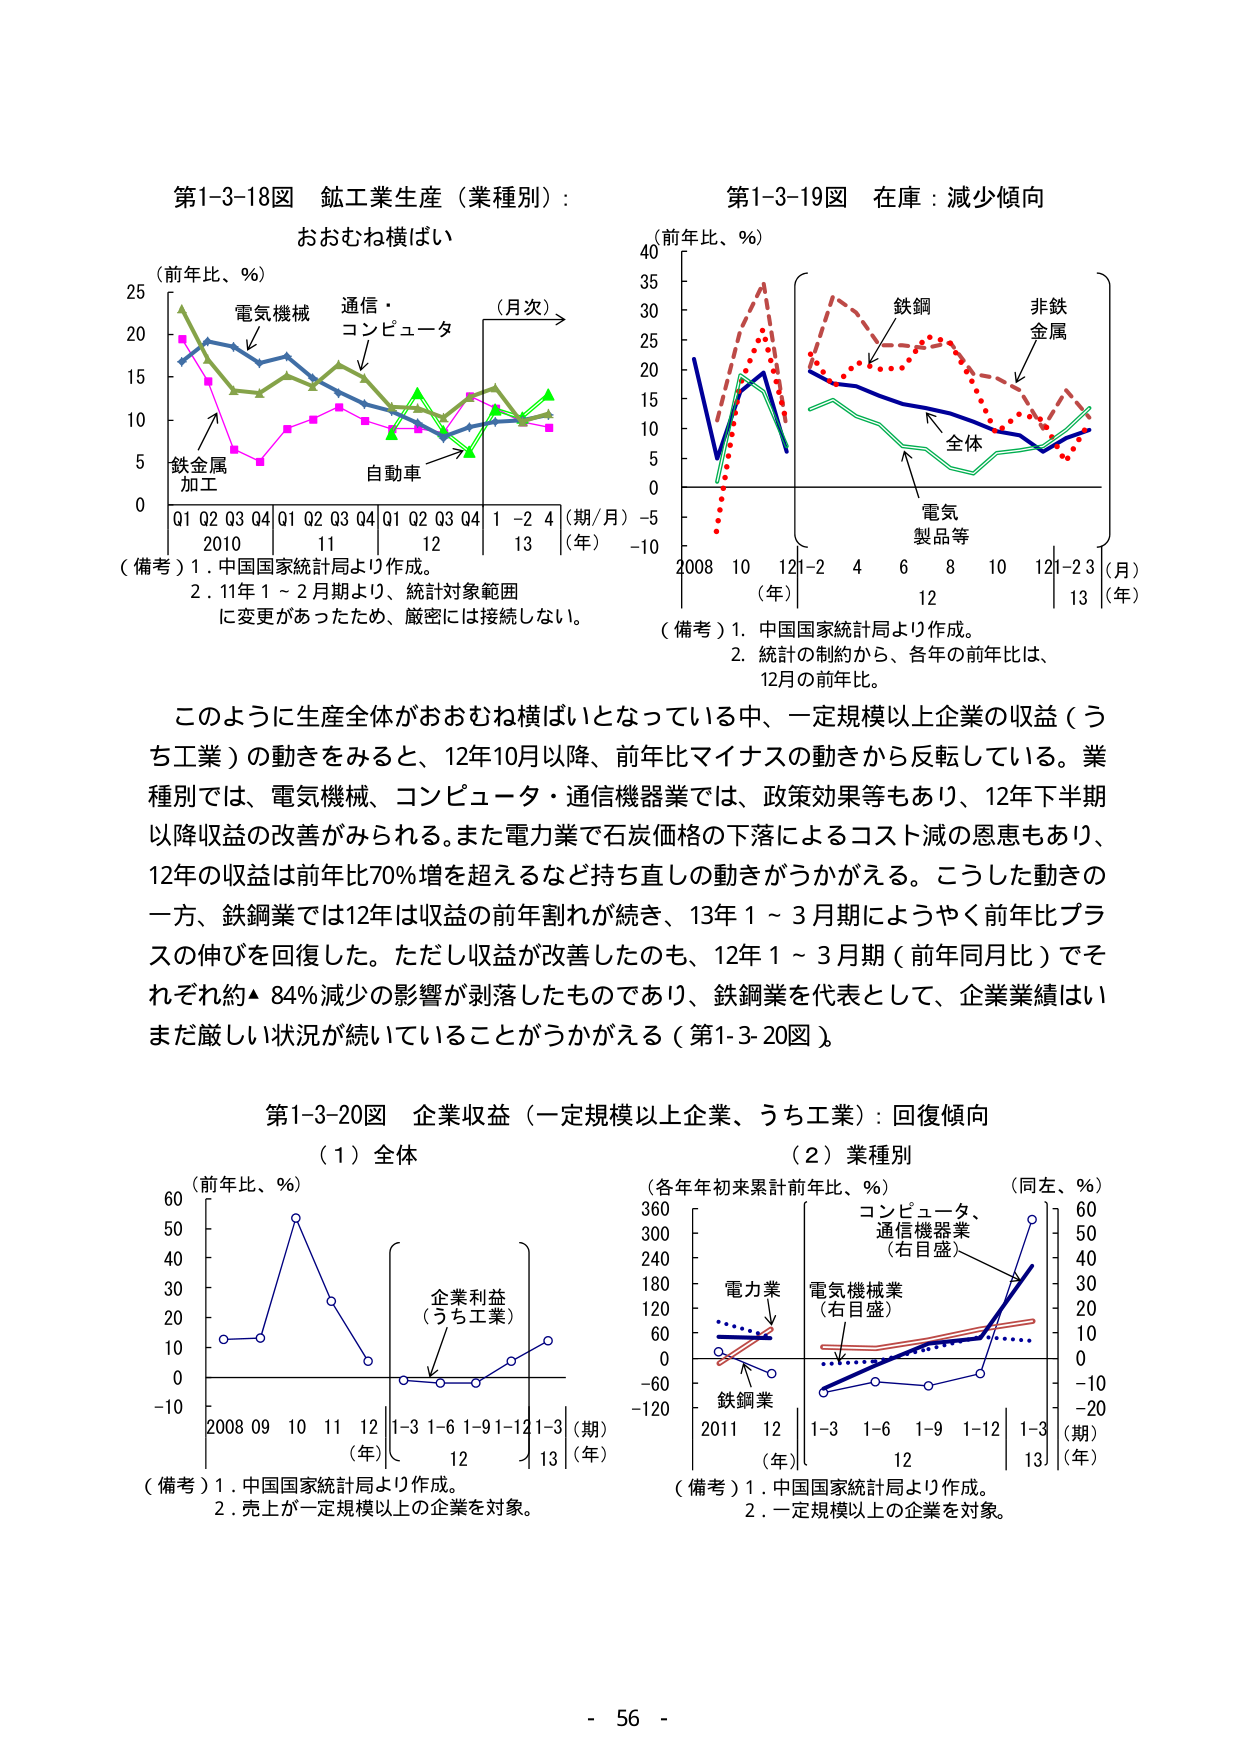
第1-3-18図 鉱工業生産（業種別）：
おおむね横ばい

（前年比、％）
25
20
15
10
5
0

Q1 Q2 Q3 Q4 Q1 Q2 Q3 Q4 Q1 Q2 Q3 Q4 1 -2 4
2010 11 12 13
（期/月）（年）

電気機械
通信・
コンピュータ
自動車
鉄金属
加工

（備考）1．中国国家統計局より作成。
2．11年1～2月期より、統計対象範囲
に変更があったため、厳密には接続しない。

第1-3-19図 在庫：減少傾向

（前年比、％）
40
35
30
25
20
15
10
5
0
-5
-10

2008 10 12 1-2 4 6 8 10 12 1-2 3
（年） （月）（年）

鉄鋼
非鉄
金属
電気
製品等
全体

（備考）1．中国国家統計局より作成。
2．統計の制約から、各年の前年比は、
12月の前年比。

このように生産全体がおおむね横ばいとなっている中、一定規模以上企業の収益（うち工業）の動きをみると、12年10月以降、前年比マイナスの動きから反転している。業種別では、電気機械、コンピュータ・通信機器業では、政策効果等もあり、12年下半年以降収益の改善がみられる。また電力業で石炭価格の下落によるコスト減の恩恵もあり、12年の収益は前年比70％増を超えるなど持ち直しの動きがうかがえる。こうした動きの一方、鉄鋼業では12年は収益の前年割れが続き、13年1～3月期にようやく前年比プラスの伸びを回復した。ただし収益が改善したのも、12年1～3月期（前年同月比）でそれぞれ約・84％減少の影響が剥落したものであり、鉄鋼業を代表として、企業業績はいまだ厳しい状況が続いていることがうかがえる（第1-3-20図）。

第1-3-20図 企業収益（一定規模以上企業、うち工業）：回復傾向

（1）全体
（前年比、％）
60
50
40
30
20
10
0
-10

2008 09 10 11 12 1-3 1-6 1-9 1-12 1-3
（年） （期）（年）

企業利益
（うち工業）

（備考）1．中国国家統計局より作成。
2．売上が一定規模以上の企業を対象。

（2）業種別
（各年年初来累計前年比、％）
（同左、％）
360
300
240
180
120
60
0
-60
-120

2011 12 1-3 1-6 1-9 1-12 1-3
（年） （期）（年）

電力業
電気機械業
（右目盛）
コンピュータ、
通信機器業
（右目盛）
鉄鋼業

（備考）1．中国国家統計局より作成。
2．一定規模以上の企業を対象。

- 56 -